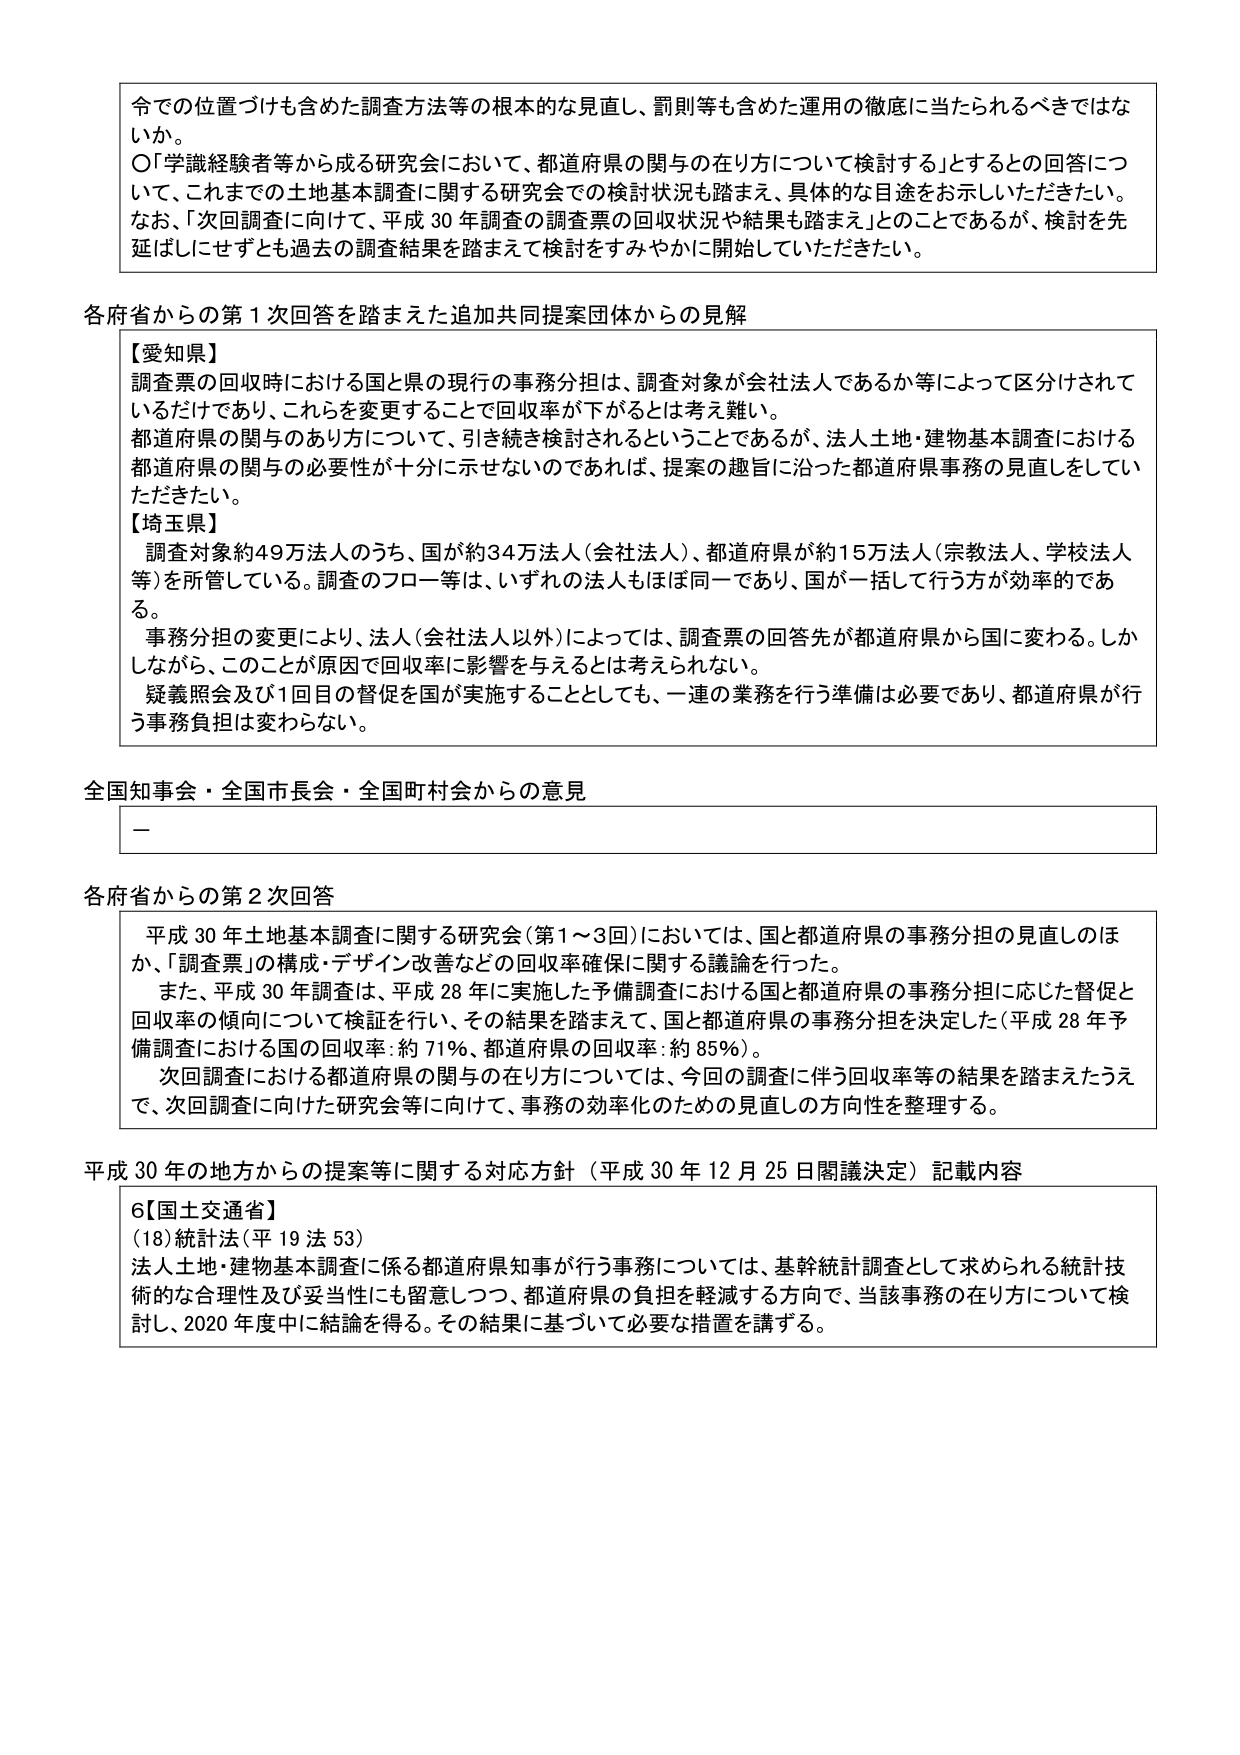
令での位置づけも含めた調査方法等の根本的な見直し、罰則等も含めた運用の徹底に当たられるべきではないか。
〇「学識経験者等から成る研究会において、都道府県の関与の在り方について検討する」とするとの回答について、これまでの土地基本調査に関する研究会での検討状況も踏まえ、具体的な目途をお示しいただきたい。なお、「次回調査に向けて、平成30年調査の調査票の回収状況や結果も踏まえ」とのことであるが、検討を先延ばしにせずとも過去の調査結果を踏まえて検討をすみやかに開始していただきたい。

各府省からの第1次回答を踏まえた追加共同提案団体からの見解

【愛知県】
調査票の回収時における国と県の現行の事務分担は、調査対象が会社法人であるか等によって区分けされているだけであり、これらを変更することで回収率が下がるとは考え難い。
都道府県の関与のあり方について、引き続き検討されるということであるが、法人土地・建物基本調査における都道府県の関与の必要性が十分に示せないのであれば、提案の趣旨に沿った都道府県事務の見直しをしていただきたい。

【埼玉県】
調査対象約49万法人のうち、国が約34万法人（会社法人）、都道府県が約15万法人（宗教法人、学校法人等）を所管している。調査のフロー等は、いずれの法人もほぼ同一であり、国が一括して行う方が効率的である。
事務分担の変更により、法人（会社法人以外）によっては、調査票の回答先が都道府県から国に変わる。しかしながら、このことが原因で回収率に影響を与えるとは考えられない。
疑義照会及び1回目の督促が国が実施することとしても、一連の業務を行う準備は必要であり、都道府県が行う事務負担は変わらない。

全国知事会・全国市長会・全国町村会からの意見
－

各府省からの第2次回答
平成30年土地基本調査に関する研究会（第1～3回）においては、国と都道府県の事務分担の見直しのほか、「調査票」の構成・デザイン改善などの回収率確保に関する議論を行った。
また、平成30年調査、平成28年に実施した予備調査における国と都道府県の事務分担に応じた督促と回収率の傾向について検証を行い、その結果を踏まえて、国と都道府県の事務分担を決定した（平成28年予備調査における国の回収率：約71％、都道府県の回収率：約85％）。
次回調査における都道府県の関与の在り方については、今回の調査に伴う回収率等の結果を踏まえたうえで、次回調査に向けた研究会等に向けて、事務の効率化のための見直しの方向性を整理する。

平成30年の地方からの提案等に関する対応方針（平成30年12月25日閣議決定）記載内容
6【国土交通省】
（18）統計法（平19法53）
法人土地・建物基本調査に係る都道府県知事が行う事務については、基幹統計調査として求められる統計技術的な合理性及び妥当性にも留意しつつ、都道府県の負担を軽減する方向で、当該事務の在り方について検討し、2020年度中に結論を得る。その結果に基づいて必要な措置を講ずる。